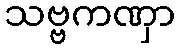
သဗ္ဗကဏှာ